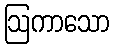
ဩကာသော